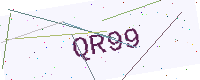
Text: QR99